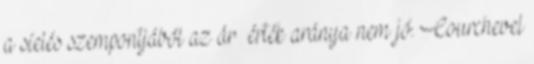
a síelés szempontjából az ár érték aránya nem jó. Courchevel